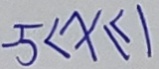
5 < x \leq 1